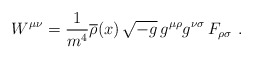
\begin{align*}W^{\mu\nu}={1\over m^4}\overline{\rho}(x)\,\sqrt{-g}\,g^{\mu\rho}g^{\nu\sigma}\,F_{\rho\sigma}\ .\end{align*}